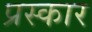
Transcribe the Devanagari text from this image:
प्रस्कार